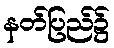
နတ်ပြည်၌